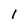
Character: I